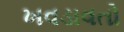
ખવડાવતો